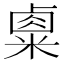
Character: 𥻆